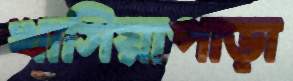
খাসিয়াপাড়া